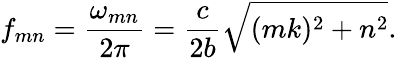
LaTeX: f_{mn}=\frac{\omega_{mn}}{2\pi}=\frac{c}{2b}\sqrt{(mk)^{2}+n^{2}}.